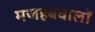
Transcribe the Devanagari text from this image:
मजहबवालों